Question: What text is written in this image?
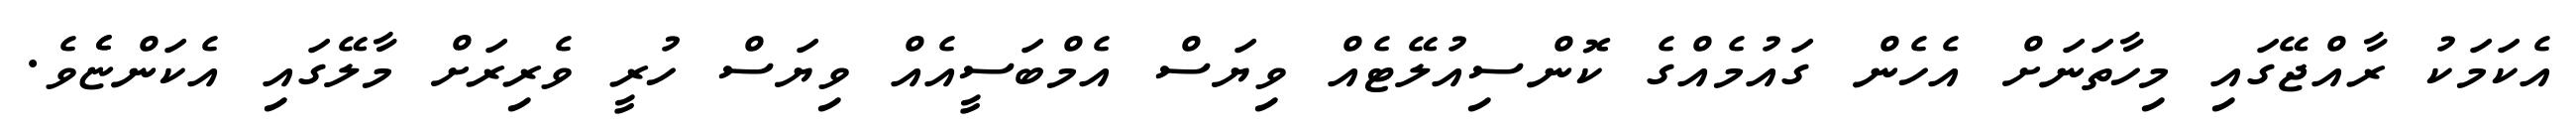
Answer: އެކަމަކު ރާއްޖޭގައި މިހާތަނަށް އެހެން ގައުމެއްގެ ކޮންސިއުލޭޓެއް ވިޔަސް އެމްބަސީއެއް ވިޔަސް ހުރީ ވެރިރަށް މާލޭގައި އެކަންޏެެވެ.